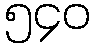
၅၄၀